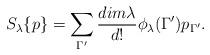
LaTeX: \begin{align*}S_{\lambda}\{p\} = \sum_{\Gamma^{\prime}}\frac{ dim{\lambda}}{d!}\phi_{\lambda}(\Gamma^{\prime})p_{\Gamma^{\prime}}.\end{align*}